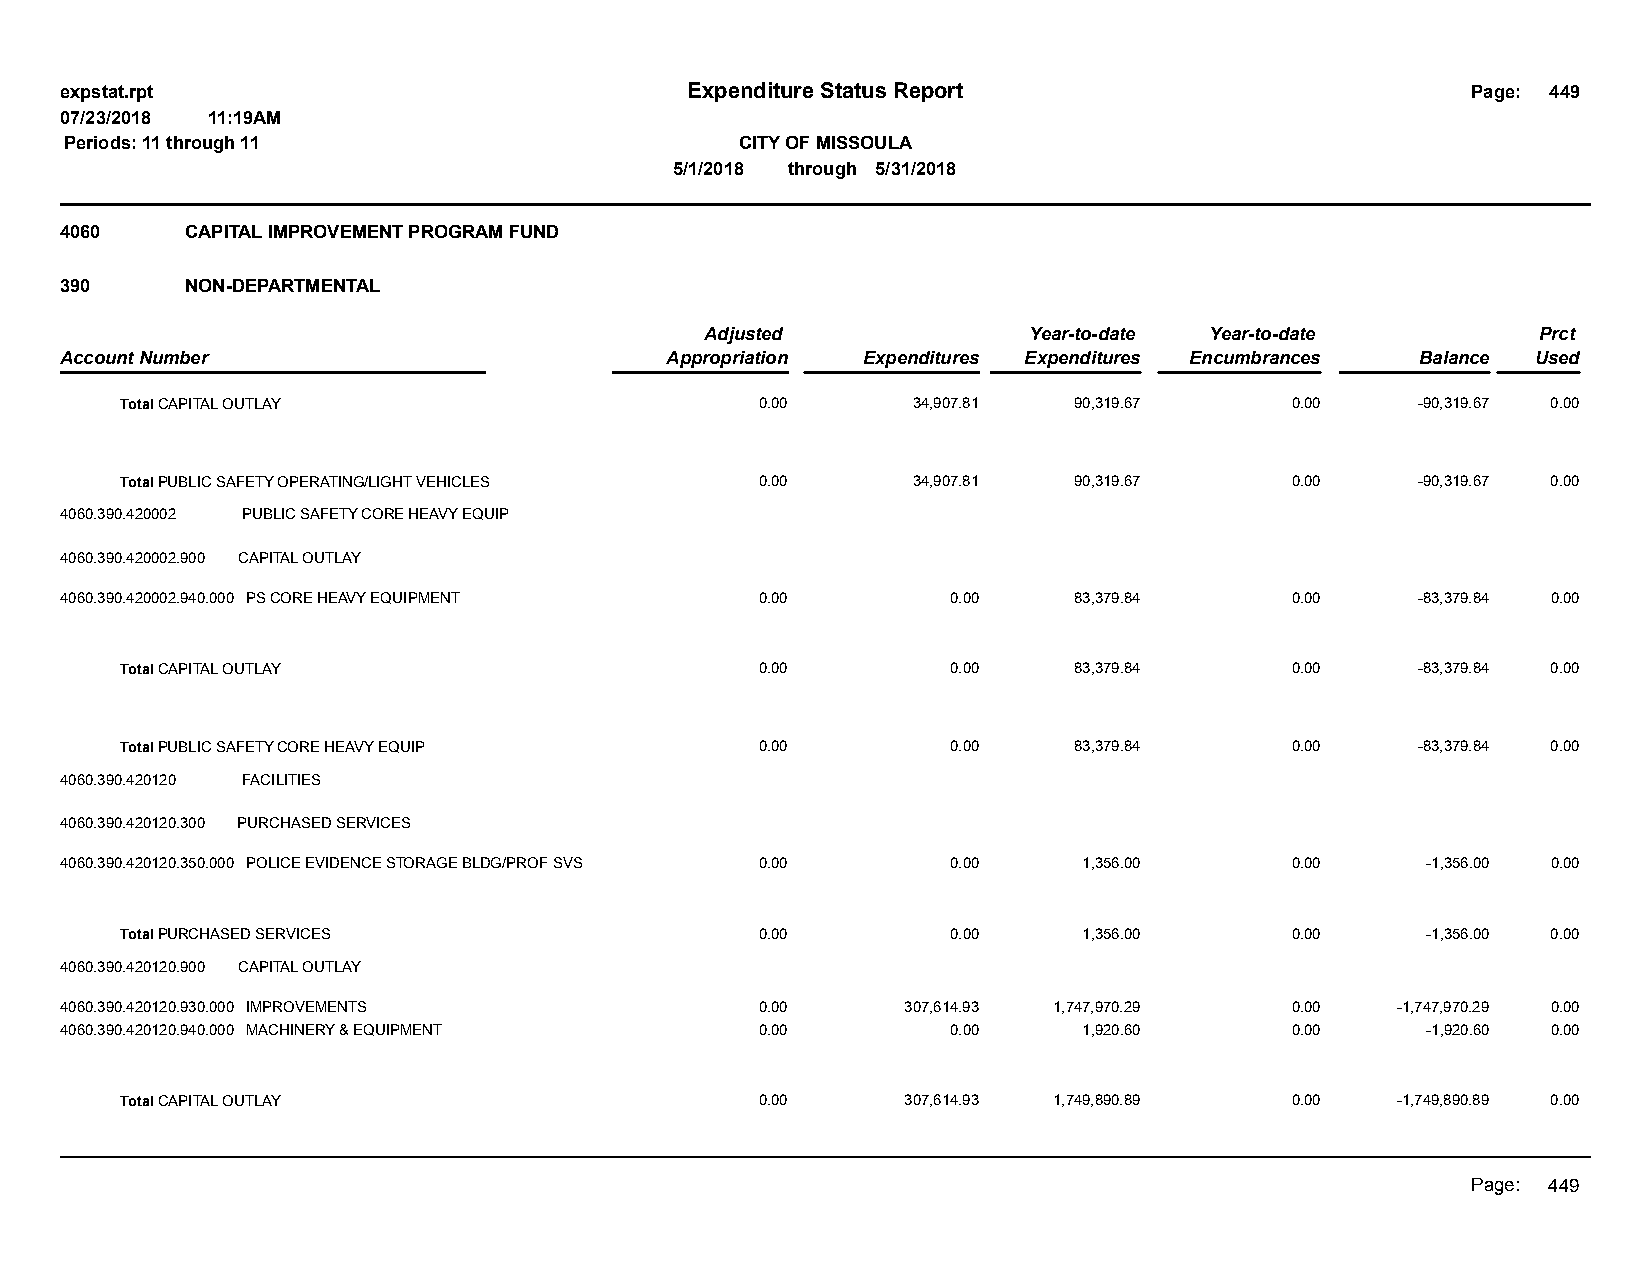
expstat.rpt                              Expenditure Status Report                           Page: 449
 07/23/2018 11:19AM
 Periods: 11 through 11                       CITY OF MISSOULA
 5/1/2018 through 5/31/2018
 4060    CAPITAL IMPROVEMENT PROGRAM FUND
 390     NON-DEPARTMENTAL
 Adjusted             Year-to-date Year-to-date         Prct
 Account Number                          Appropriation Expenditures Expenditures Encumbrances Balance Used
 Total CAPITAL OUTLAY                      0.00      34,907.81  90,319.67     0.00     -90,319.67 0.00
 Total PUBLIC SAFETY OPERATING/LIGHT VEHICLES 0.00   34,907.81  90,319.67     0.00     -90,319.67 0.00
 4060.390.420002 PUBLIC SAFETY CORE HEAVY EQUIP
 4060.390.420002.900 CAPITAL OUTLAY
 4060.390.420002.940.000 PS CORE HEAVY EQUIPMENT 0.00       0.00    83,379.84     0.00     -83,379.84 0.00
 Total CAPITAL OUTLAY                      0.00         0.00    83,379.84     0.00     -83,379.84 0.00
 Total PUBLIC SAFETY CORE HEAVY EQUIP      0.00         0.00    83,379.84     0.00     -83,379.84 0.00
 4060.390.420120 FACILITIES
 4060.390.420120.300 PURCHASED SERVICES
 4060.390.420120.350.000 POLICE EVIDENCE STORAGE BLDG/PROF SVS 0.00 0.00 1,356.00 0.00     -1,356.00 0.00
 Total PURCHASED SERVICES                  0.00         0.00     1,356.00     0.00     -1,356.00 0.00
 4060.390.420120.900 CAPITAL OUTLAY
 4060.390.420120.930.000 IMPROVEMENTS          0.00      307,614.93 1,747,970.29  0.00   -1,747,970.29 0.00
 4060.390.420120.940.000 MACHINERY & EQUIPMENT 0.00         0.00     1,920.60     0.00     -1,920.60 0.00
 Total CAPITAL OUTLAY                      0.00      307,614.93 1,749,890.89  0.00   -1,749,890.89 0.00
 Page: 449